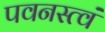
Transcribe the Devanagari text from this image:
पवनस्त्वं